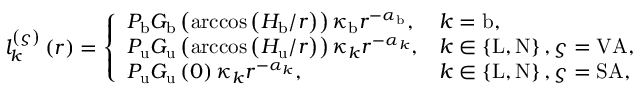
\begin{array} { r } { l _ { k } ^ { \left( \varsigma \right) } \left( r \right) = \left\{ \begin{array} { l l } { P _ { \mathrm { b } } G _ { \mathrm { b } } \left( \operatorname { a r c c o s } \left( H _ { \mathrm { b } } / r \right) \right) \kappa _ { \mathrm { b } } r ^ { - \alpha _ { \mathrm { b } } } , } & { k = \mathrm { b } , } \\ { P _ { \mathrm { u } } G _ { \mathrm { u } } \left( \operatorname { a r c c o s } \left( H _ { \mathrm { u } } / r \right) \right) \kappa _ { k } r ^ { - \alpha _ { k } } , } & { k \in \left\{ \mathrm { L } , \mathrm { N } \right\} , \varsigma = \mathrm { V A } , } \\ { P _ { \mathrm { u } } G _ { \mathrm { u } } \left( 0 \right) \kappa _ { k } r ^ { - \alpha _ { k } } , } & { k \in \left\{ \mathrm { L } , \mathrm { N } \right\} , \varsigma = \mathrm { S A } , } \end{array} \right. } \end{array}